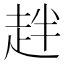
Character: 𧺾